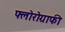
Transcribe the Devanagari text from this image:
फ्लोरोग्राफी